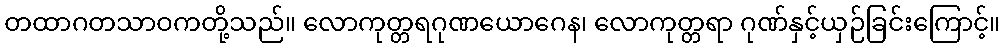
တထာဂတသာဝကတို့သည်။ လောကုတ္တရဂုဏယောဂေန၊ လောကုတ္တရာ ဂုဏ်နှင့်ယှဉ်ခြင်းကြောင့်။